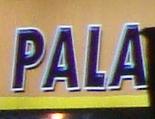
pala